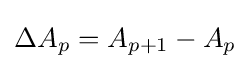
\Delta A_{p}=A_{p+1}-A_{p}